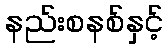
နည်းစနစ်နှင့်